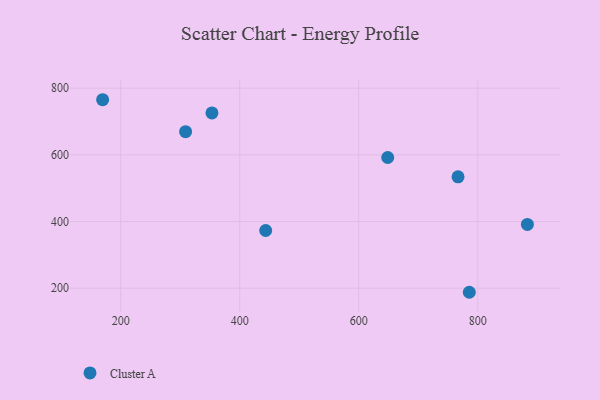
{"axis": {"x": "Speed", "y": "Rating"}, "legend": ["Cluster A"], "data": [{"x": "883.3", "y": 391.4, "type": "Cluster A"}, {"x": "648.6", "y": 592.0, "type": "Cluster A"}, {"x": "169.6", "y": 765.3, "type": "Cluster A"}, {"x": "785.7", "y": 187.8, "type": "Cluster A"}, {"x": "309.0", "y": 669.4, "type": "Cluster A"}, {"x": "353.3", "y": 725.6, "type": "Cluster A"}, {"x": "766.8", "y": 534.0, "type": "Cluster A"}, {"x": "443.6", "y": 373.1, "type": "Cluster A"}]}